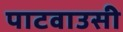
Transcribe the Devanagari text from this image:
पाटवाउसी